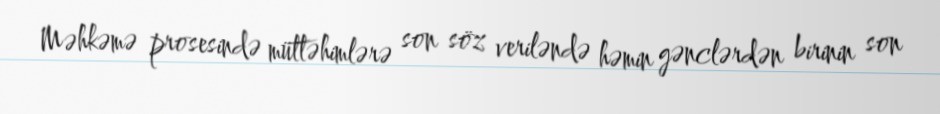
Məhkəmə prosesində müttəhimlərə son söz veriləndə həmin gənclərdən birinin son